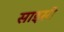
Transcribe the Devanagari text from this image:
साइसी